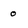
Character: o